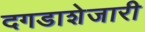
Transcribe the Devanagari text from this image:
दगडाशेजारी